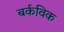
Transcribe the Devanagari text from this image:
बर्कविक